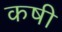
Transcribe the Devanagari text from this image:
कषी